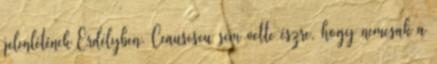
jelenlétének Erdélyben. Ceausescu sem vette észre, hogy nemcsak a